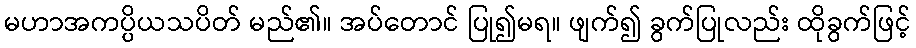
မဟာအကပ္ပိယသပိတ် မည်၏။ အပ်တောင် ပြု၍မရ။ ဖျက်၍ ခွက်ပြုလည်း ထိုခွက်ဖြင့်